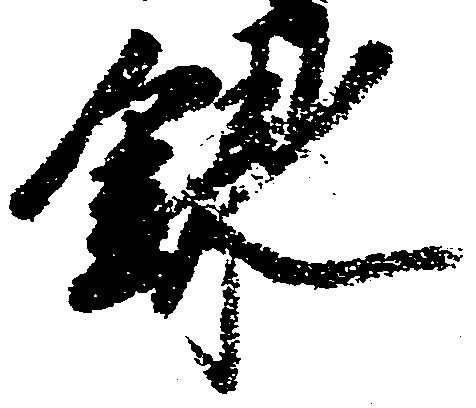
録